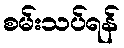
စမ်းသပ်ရန်